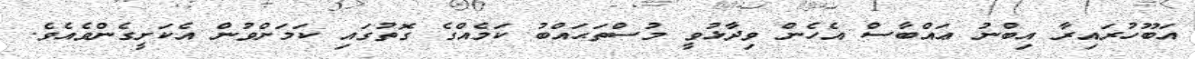
އަބޫހުރައިރާ އިބްނު ޢައްބާސް އެހެން ވިދާޅުވީ މުސްތަޙައްބު ކަމެއްގެ ގޮތުގައި ކަމަށްވުން އެކަށީގެންވެއެވެ.